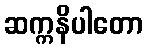
ဆက္ကနိပါတော